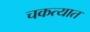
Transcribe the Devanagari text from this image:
चकत्यात